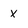
Character: x